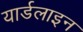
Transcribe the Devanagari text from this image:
यार्डलाइन